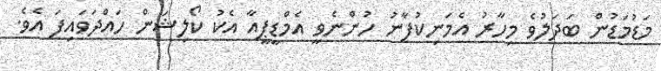
މަޑުމަޑުން ބަދަލުވެ މިހާރު އެމަނިކުފާނު ހުންނެވީ އެމްޑީޕީއާ އެކު ކޯލިޝަން ހައްދަވައިފަ އެވެ.